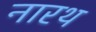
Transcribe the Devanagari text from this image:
नारथ